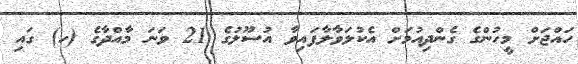
ހައްޖަށް މީހުންގެ ގެންދިއުމަށް އެކުލަވާލާފައިވާ އުސޫލުގެ 21 ވަނަ މާއްދާގެ (ހ) ގައި